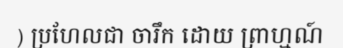
) ប្រហែលជា ចារឹក ដោយ ព្រាហ្មណ៍